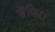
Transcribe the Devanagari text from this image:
ज़ेंफ़िरा